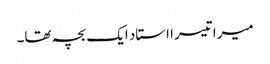
میرا تیسرا استاد ایک بچہ تھا۔